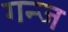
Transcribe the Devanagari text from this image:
गन्ज